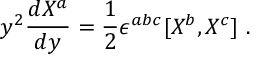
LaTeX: y ^ { 2 } \frac { d X ^ { a } } { d y } = \frac 1 2 \epsilon ^ { a b c } [ X ^ { b } , X ^ { c } ] \ .